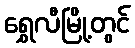
ရွှေလီမြို့တွင်